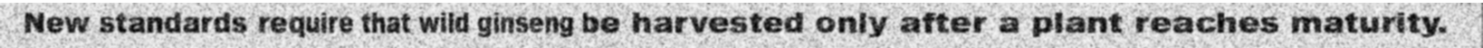
New standards require that wild ginseng be harvested only after a plant reaches maturity.